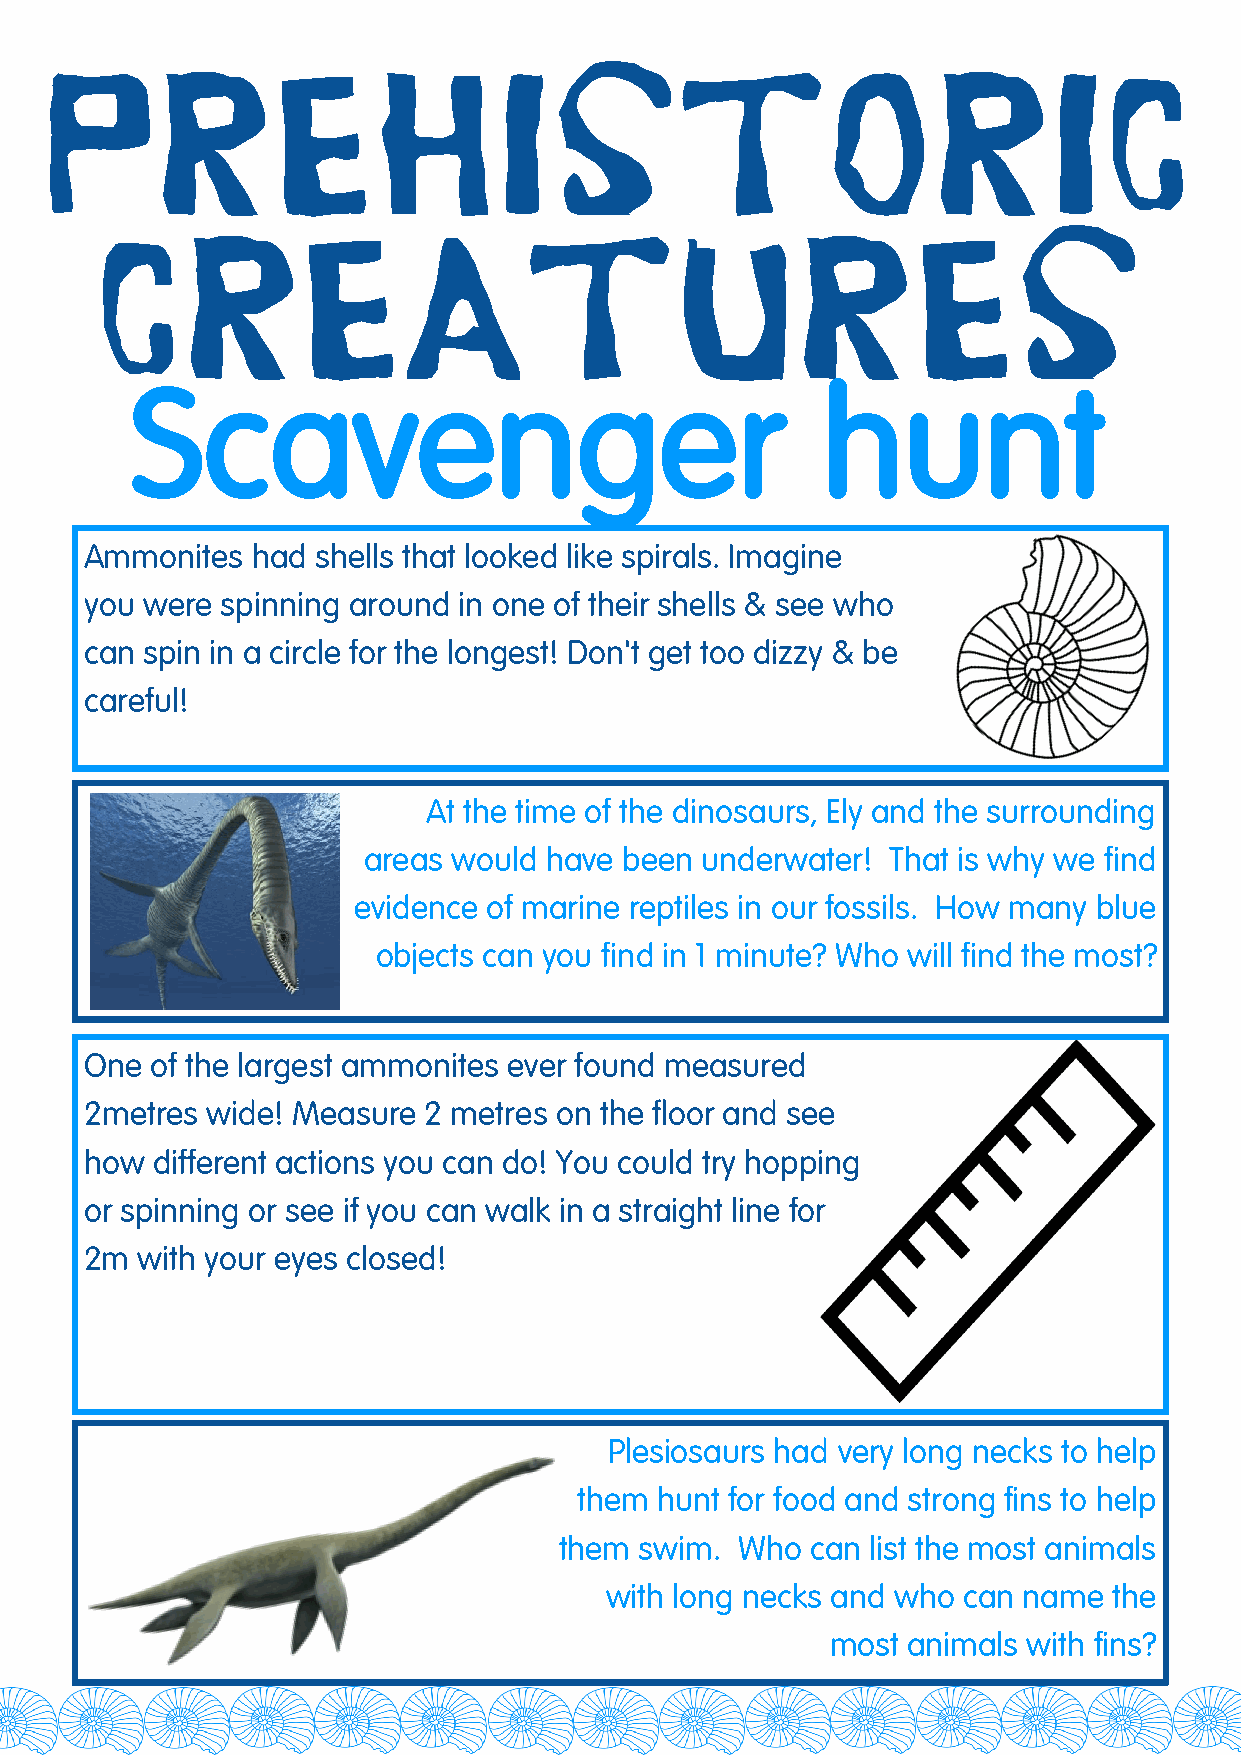
Scavenger                                    hunt
 Ammonites  had shells that looked like spirals. Imagine
 you were spinning around in one of their shells & see who
 can spin in a circle for the longest! Don't get too dizzy & be
 careful!
 At the time of the dinosaurs, Ely and the surrounding
 areas would have been underwater!  That is why we find
 evidence of marine reptiles in our fossils. How many blue
 objects can you find in 1 minute? Who will find the most?
 One of the largest ammonites ever found measured
 2metres wide! Measure 2 metres on the floor and see
 how different actions you can do! You could try hopping
 or spinning or see if you can walk in a straight line for
 2m with your eyes closed!
 Plesiosaurs had very long necks to help
 them hunt for food and strong fins to help
 them swim.  Who  can list the most animals
 with long necks and who can name  the
 most animals with fins?